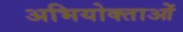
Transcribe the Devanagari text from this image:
अभियोक्ताओं